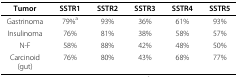
<table><thead><tr><td><b>Tumor</b></td><td><b>SSTR1</b></td><td><b>SSTR2</b></td><td><b>SSTR3</b></td><td><b>SSTR4</b></td><td><b>SSTR5</b></td></tr></thead><tbody><tr><td>Gastrinoma</td><td>79%<sup>a</sup></td><td>93%</td><td>36%</td><td>61%</td><td>93%</td></tr><tr><td>Insulinoma</td><td>76%</td><td>81%</td><td>38%</td><td>58%</td><td>57%</td></tr><tr><td>N-F</td><td>58%</td><td>88%</td><td>42%</td><td>48%</td><td>50%</td></tr><tr><td>Carcinoid(gut)</td><td>76%</td><td>80%</td><td>43%</td><td>68%</td><td>77%</td></tr></tbody></table>